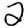
Digit: 2